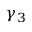
\gamma _ { 3 }